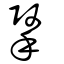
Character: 掔